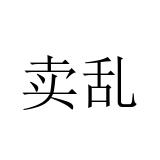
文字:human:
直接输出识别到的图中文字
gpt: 卖乱